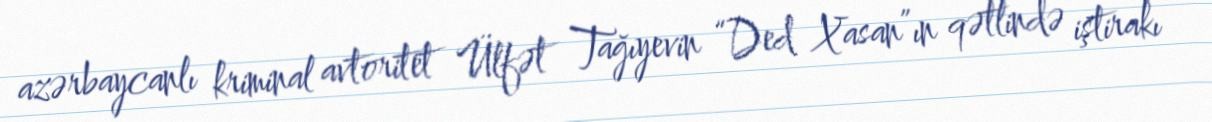
azərbaycanlı kriminal avtoritet Ülfət Tağıyevin “Ded Xasan”ın qətlində iştirakı